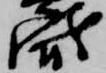
衛